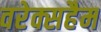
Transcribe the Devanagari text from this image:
वरेक्सहैम